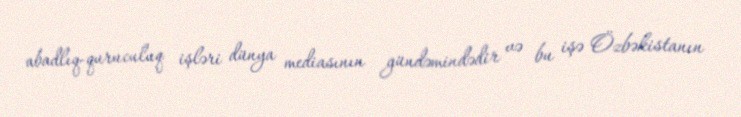
abadlıq-quruculuq işləri dünya mediasının gündəmindədir və bu işə Özbəkistanın